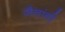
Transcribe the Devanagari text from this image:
जैनांनी